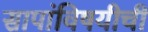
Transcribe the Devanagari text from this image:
सापांविषयीची